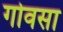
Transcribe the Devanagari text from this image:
गोवसा